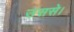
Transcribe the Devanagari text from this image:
उससे।